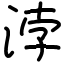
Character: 浡